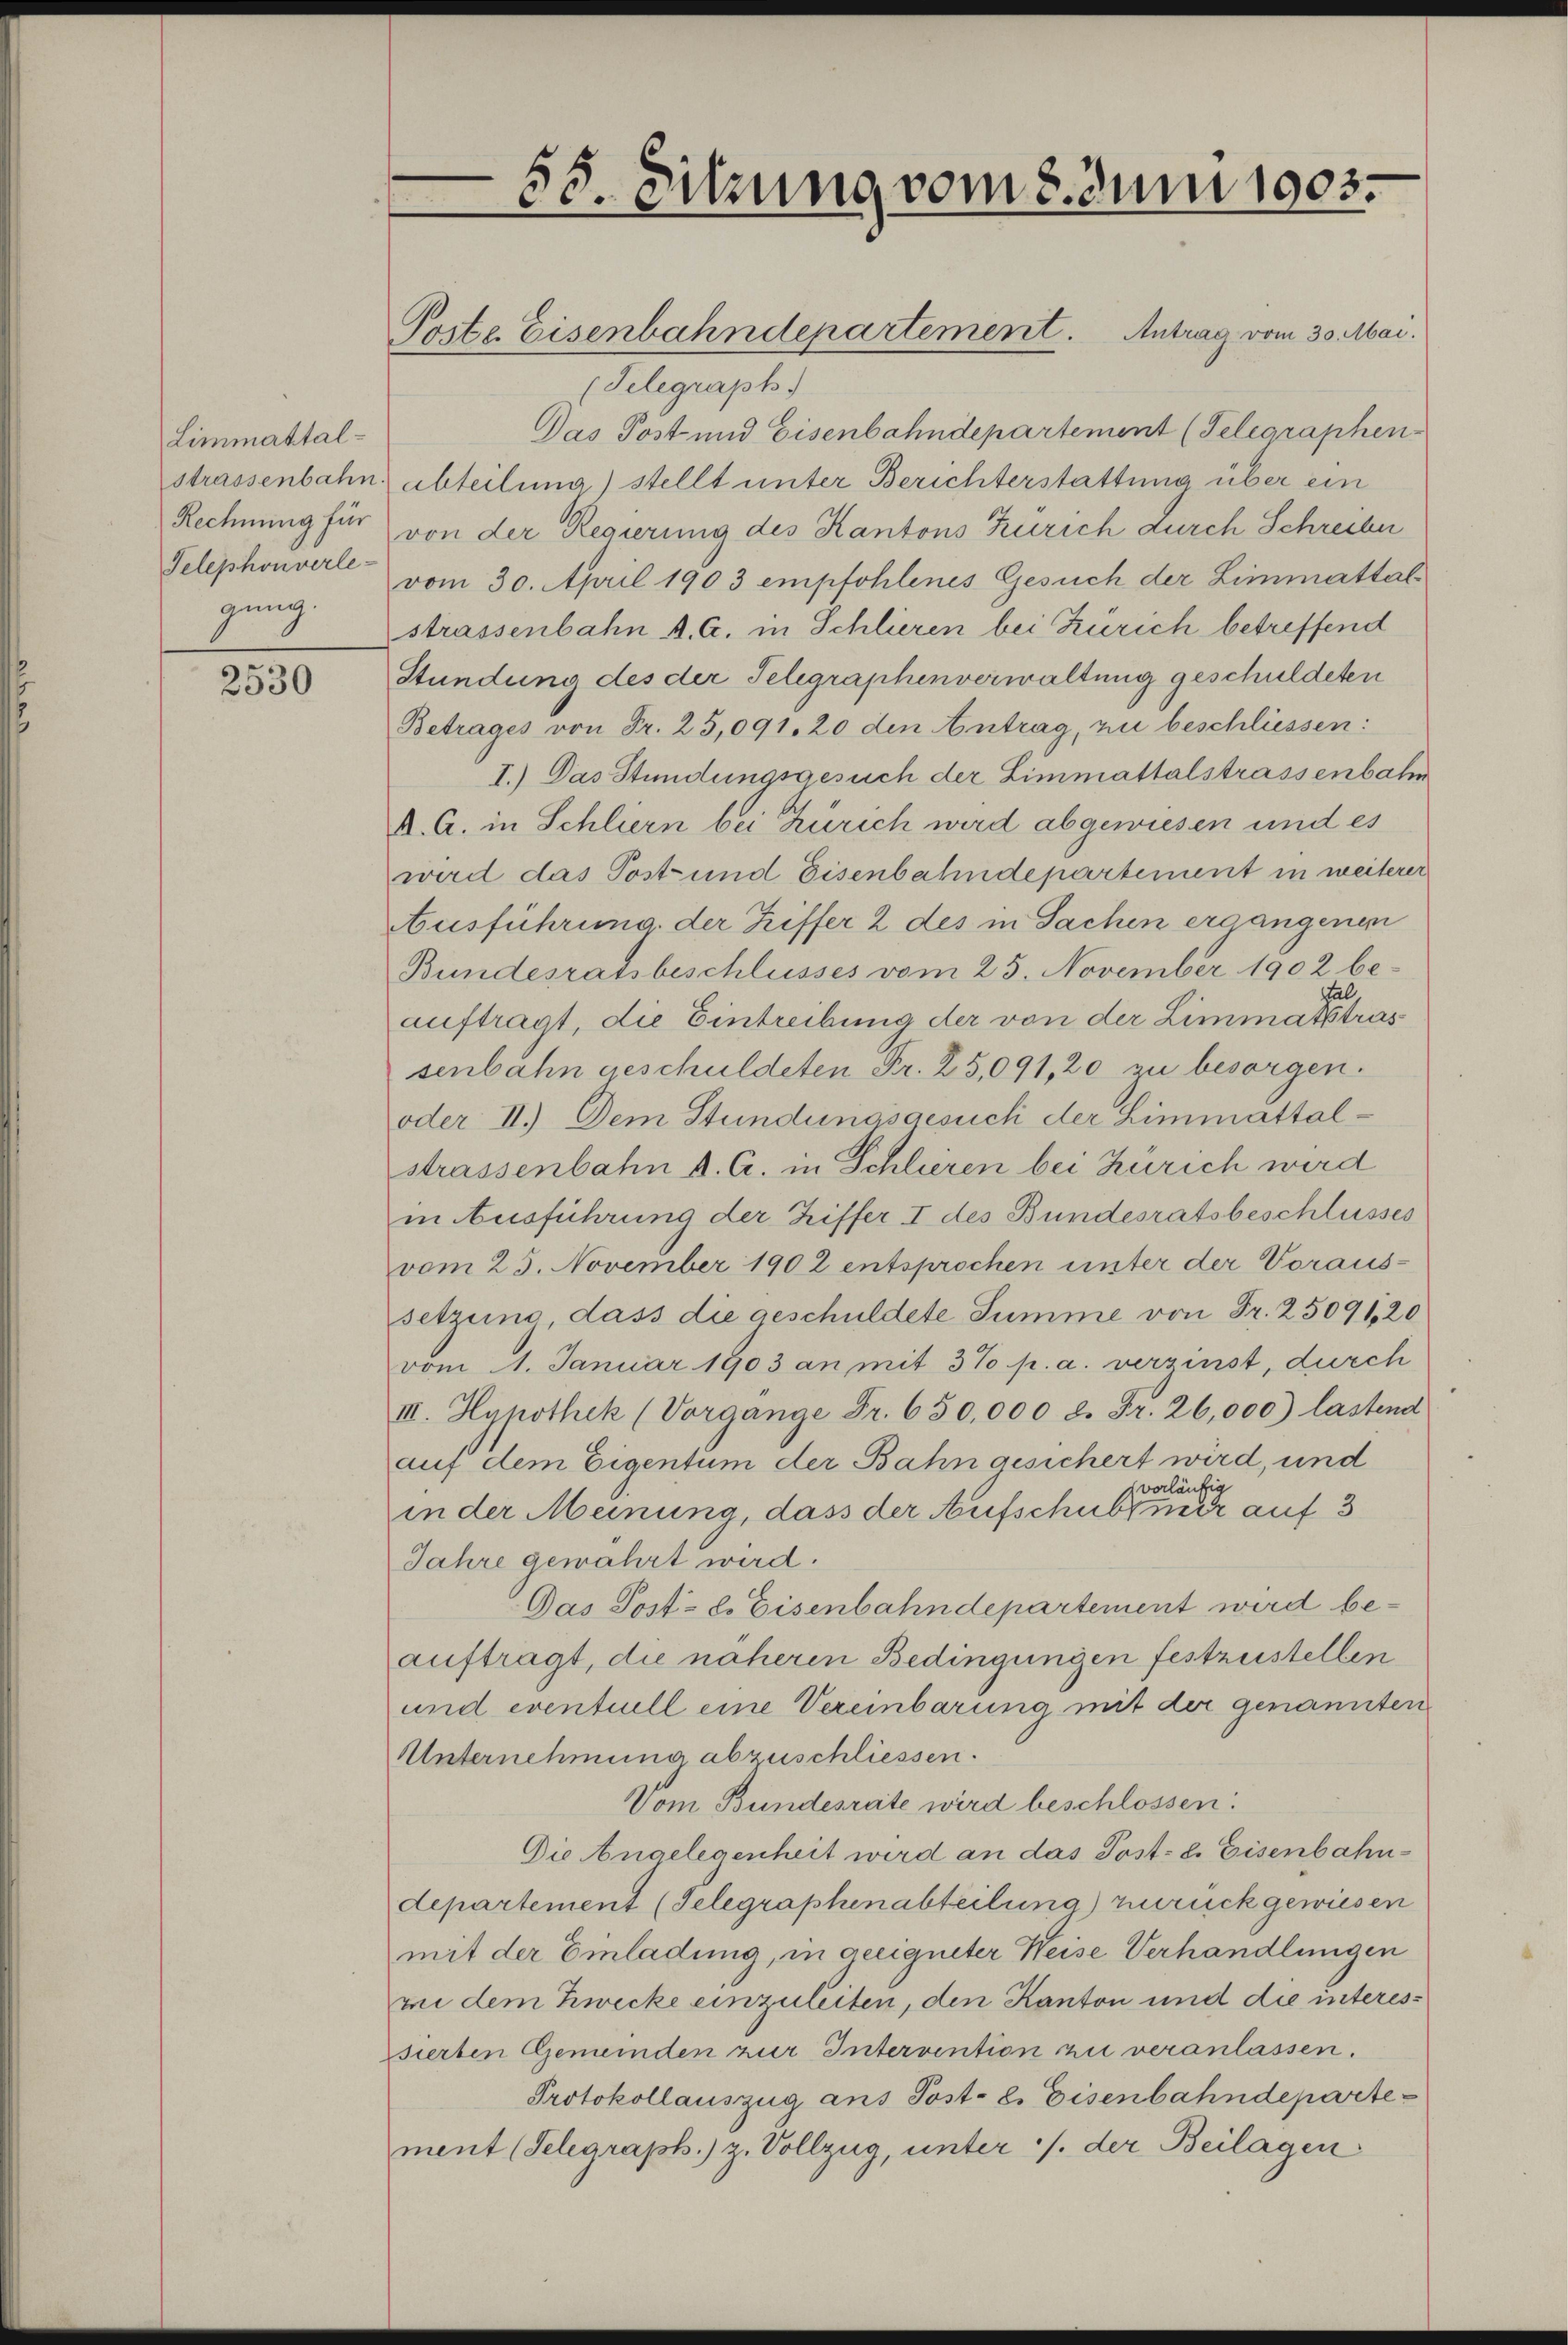
Limmattalstrassenbahn
Rechnung für
Telephonverlegung.

2530

58. Sitzung vom 8. Juni 1903.

(Telegraph
Das Post und Eisenbahndepartement (Telegraphen
abteilung) stellt unter Berichterstattung über ein
von der Regierung des Kantons Zürich durch Schreiber
vom 30. April 1903 empfohlenes Gesuch der Limmattalstrassenbahn A. G. in Schlieren bei Zürich betreffend
Stundung des der Telegraphenverwaltung geschuldeten
Betrages von Fr. 25,091. 20 den Antrag, zu beschliessen:
I.) Das Stundungsgesuch der Limmattalstrassenbahn
K. A. in Schliern bei Zürich wird abgewiesen und es
wird das Post und Eisenbahndepartement in weiterer
Ausführung der Riffer 2 des in Sachen ergangenen
Bundesratsbeschlusses vom 25. November 1902 be¬
Hal
auftragt, die Eintreibung der von der Limmatstras
senbahn geschuldeten Fr. 25,091, 20 zu besorgen.
oder II.) Dem Stundungsgesuch der Limmattalstrassenbahn u. A. in Schlieren bei Zürich wird
in Ausführung der Triffer I des Bundesratsbeschlusses
vom 25. November 1902 entsprochen unter der Voraus-
setzung, dass die geschuldete Summe von Fr. 25091,20
vom 1. Januar 1903 an mit 3% p. a. verzinst, durch
III. Hypothek (Vorgange Fr. 650,000 d. Fr. 26,000) lastend
auf dem Eigentum der Bahn gesichert wird, und
vorläufig
in der Meinung, dass der Aufschub mir auf 3
Jahre gewahrt wird.
Das Post- u. Eisenbahndepartement wird beauftragt, die näheren Bedingungen festzustellen
und eventuell eine Vereinbarung mit der genannten
Unternehmung abzuschliessen.
Vom Bundesrate wird beschlossen:
Die Angelegenheit wird an das Post- u. Eisenbahn-
departement (Telegraphenabteilung) zurückgewiesen
mit der Einladung, in geeigneter Weise Verhandlungen
mi dem Zwecke einzuleiten, den Kanton und die interessierten Gemeinden zur Intervention zu veranlassen.
Protokollauszug aus Post- u. Eisenbahndeparte
ment (Telegraph.) z. Vollzug, unter /. der Beilagen

Porte Eisenbahndepartement. Antrag vom 30. Mai.